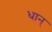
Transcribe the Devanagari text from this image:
धान्